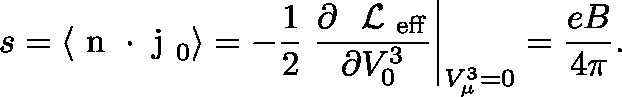
s = \langle \mathrm { \boldmath ~ n ~ } \cdot \mathrm { \boldmath ~ j ~ } _ { 0 } \rangle = - \frac { 1 } { 2 } \left. \frac { \partial \mathrm { ~ \cal ~ L ~ } _ { \mathrm { e f f } } } { \partial V _ { 0 } ^ { 3 } } \right| _ { V _ { \mu } ^ { 3 } = 0 } = \frac { e B } { 4 \pi } .